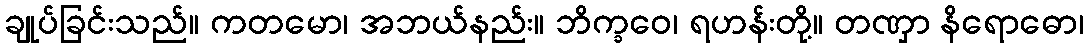
ချုပ်ခြင်းသည်။ ကတမော၊ အဘယ်နည်း။ ဘိက္ခဝေ၊ ရဟန်းတို့။ တဏှာ နိရောဓော၊